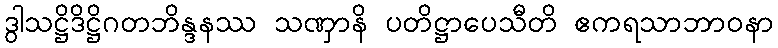
ဒွါသဋ္ဌိဒိဋ္ဌိဂတဘိန္ဒနဿ သဏှာနိ ပတိဋ္ဌာပေသီတိ ဧကရသာဘာဝနာ